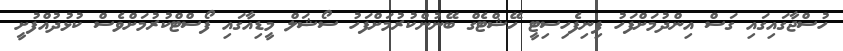
ހުސްޖާގައިގައި ގަސް އިންދުމަށްފަހު ފިނިފެހިސިޓީ ހޭޝްޓެގް ބޭނުންކުރުމަށްފަހު ސޯޝަލް މީޑިއާގައި ފޯސްޓްކުރުމަށްވެސް ކުޅުދުއްފުށީ